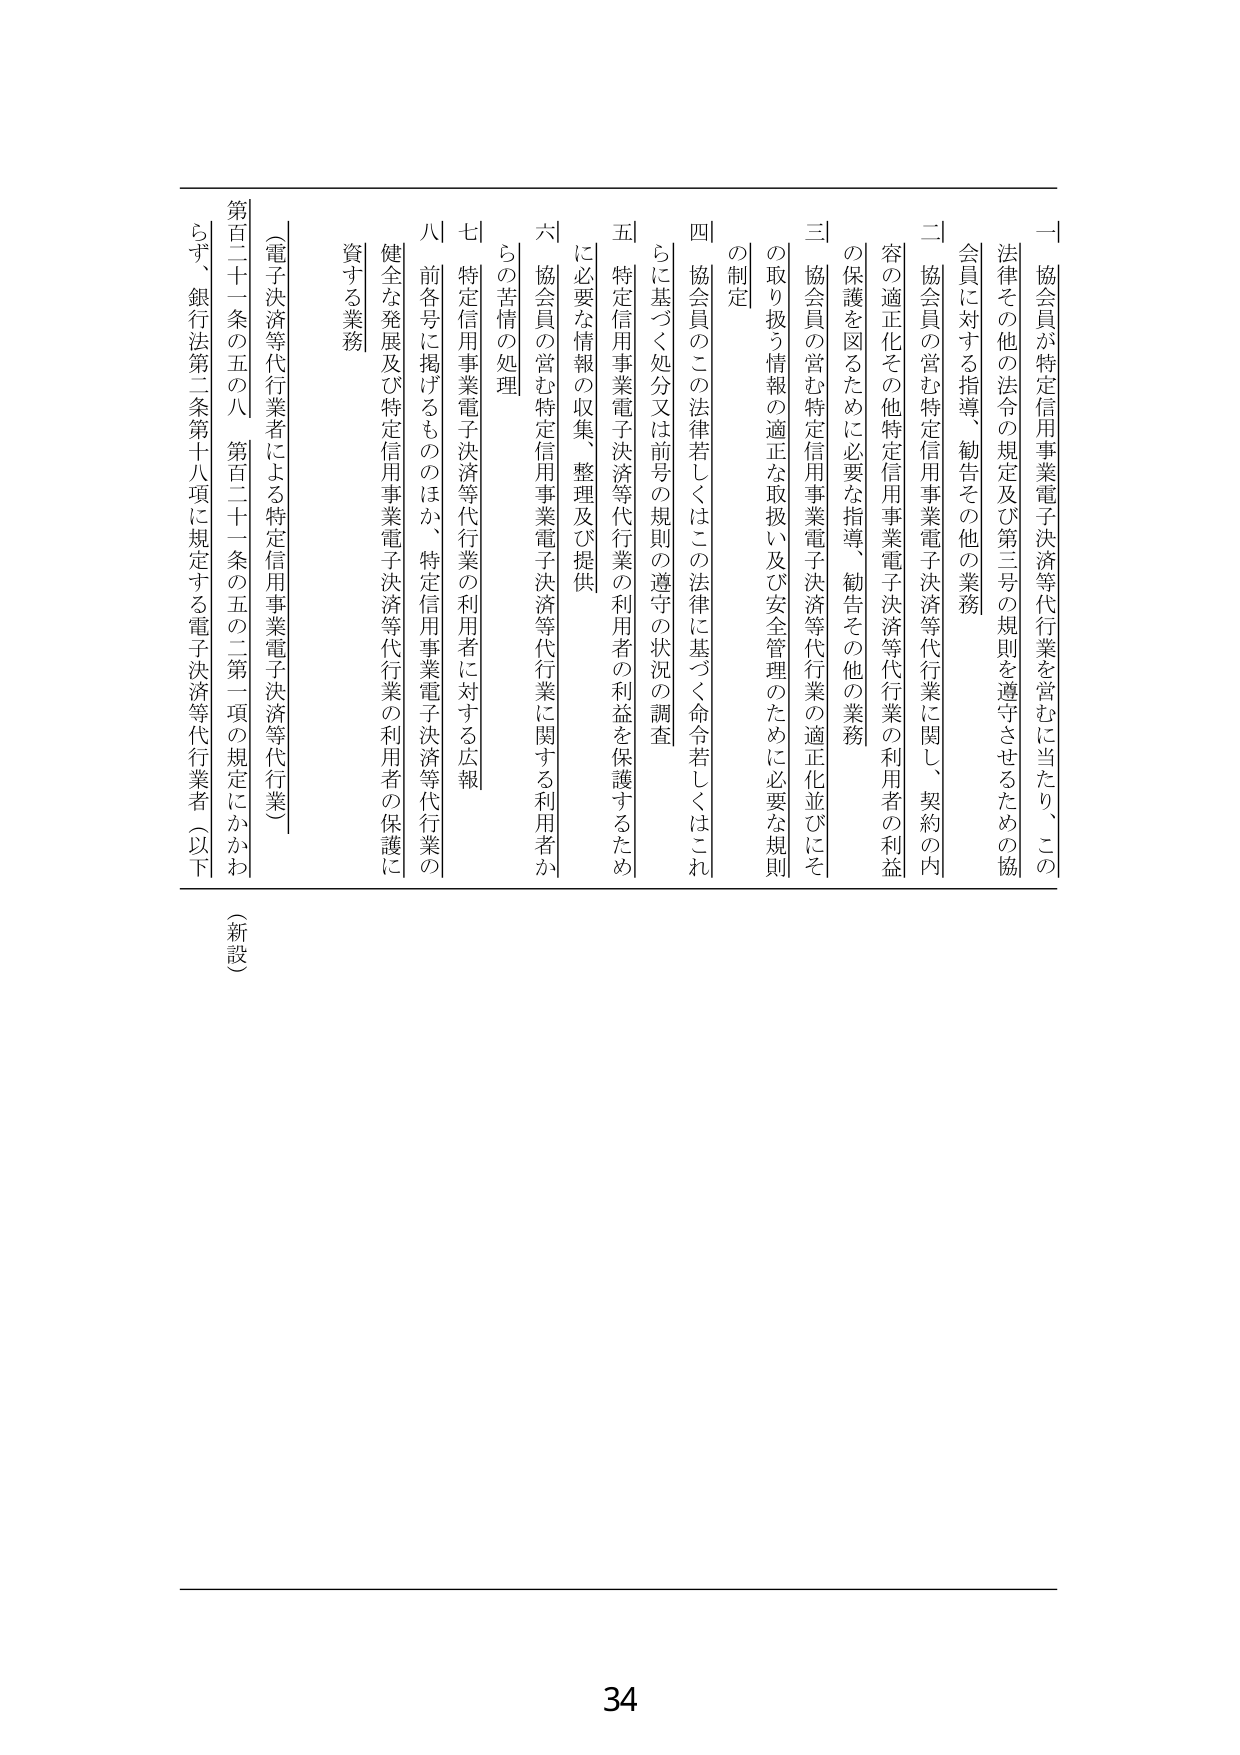
一 協会員が特定信用事業電子決済等代行業を営むに当たり、この法律その他の法令の規定及び第三号の規則を遵守させるための協会員に対する指導、勧告その他の業務

二 協会員の営む特定信用事業電子決済等代行業に関し、契約の内容の適正化その他特定信用事業電子決済等代行業の利用者の利益の保護を図るために必要な指導、勧告その他の業務

三 協会員の営む特定信用事業電子決済等代行業の適正化並びにその取り扱う情報の適正な取扱い及び安全管理のために必要な規則の制定

四 協会員のこの法律若しくはこの法律に基づく命令若しくはこれに基づく処分又は前号の規則の遵守の状況の調査

五 特定信用事業電子決済等代行業の利用者の利益を保護するために必要な情報の収集、整理及び提供

六 協会員の営む特定信用事業電子決済等代行業に関する利用者からの苦情の処理

七 特定信用事業電子決済等代行業の利用者に対する広報

八 前各号に掲げるもののほか、特定信用事業電子決済等代行業の健全な発展及び特定信用事業電子決済等代行業の利用者の保護に資する業務

（電子決済等代行業者による特定信用事業電子決済等代行業）

第百二十一条の五の八 第百二十一条の五の二第一項の規定にかかわらず、銀行法第二条第十八項に規定する電子決済等代行業者（以下

（新設）

34